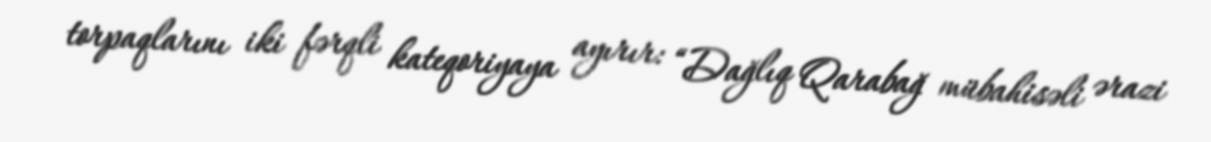
torpaqlarını iki fərqli kateqoriyaya ayırır: “Dağlıq Qarabağ mübahisəli ərazi